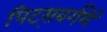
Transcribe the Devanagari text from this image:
पिट्सबर्गमें